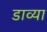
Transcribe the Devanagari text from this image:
डाव्‍या